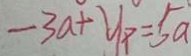
- 3 a + y _ { p } = 5 a